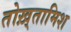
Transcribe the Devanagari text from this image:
तोख़्तामिश